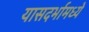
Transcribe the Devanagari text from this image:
यासदर्भामध्ये